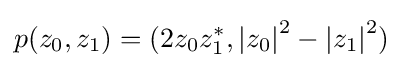
p(z_{0},z_{1})=(2z_{0}z_{1}^{\ast },\left|z_{0}\right|^{2}-\left|z_{1}\right|^{2})